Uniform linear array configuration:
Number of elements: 8
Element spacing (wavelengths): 0.75
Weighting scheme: kaiser
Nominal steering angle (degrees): -60
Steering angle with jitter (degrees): -60.691
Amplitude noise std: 0.05
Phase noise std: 0.05

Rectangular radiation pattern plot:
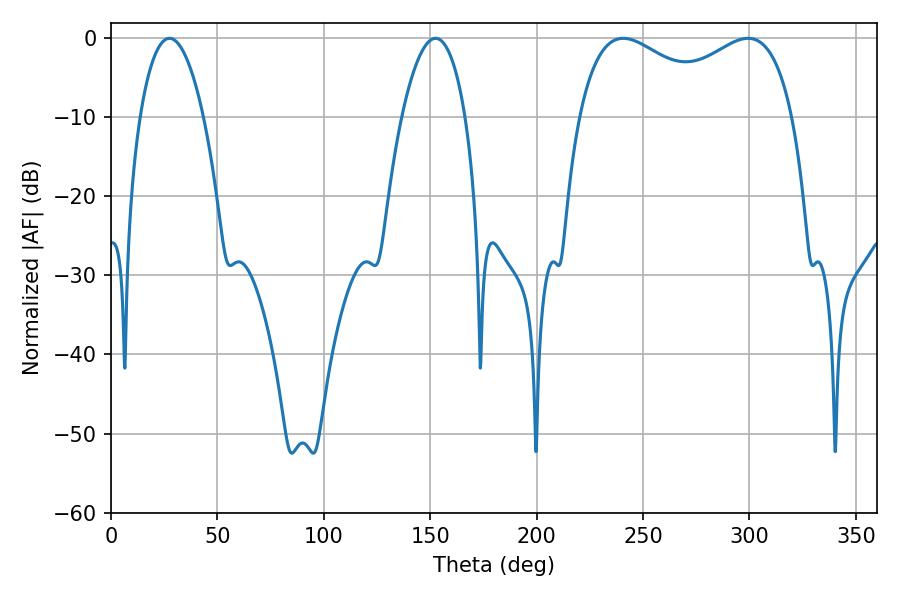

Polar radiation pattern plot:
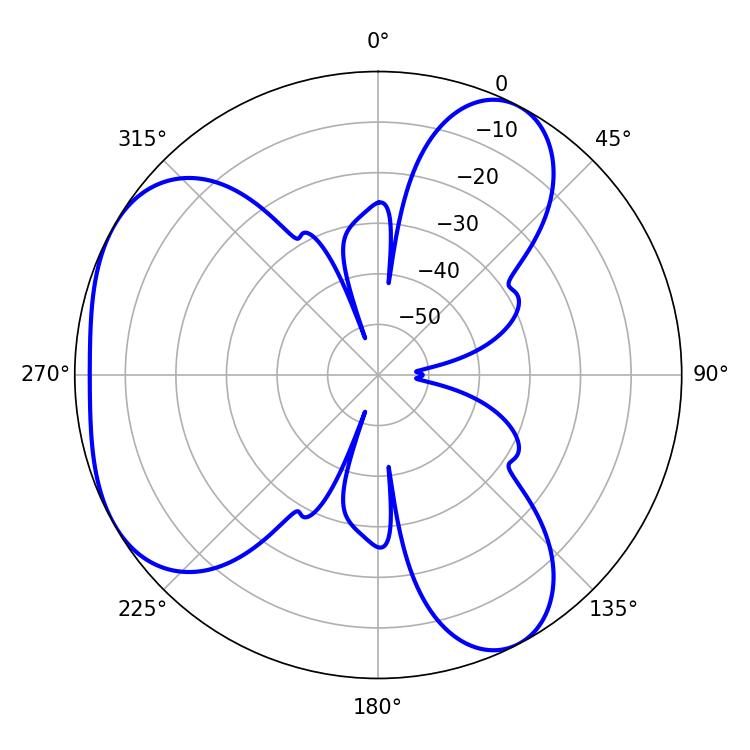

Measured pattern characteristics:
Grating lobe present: TRUE
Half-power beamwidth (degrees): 83.88
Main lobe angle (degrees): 240.66